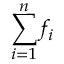
\sum _ { i = 1 } ^ { n } f _ { i }